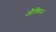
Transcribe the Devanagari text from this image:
औक्सिन